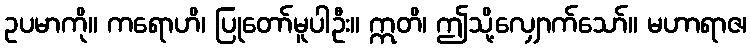
ဥပမာကို။ ကရောဟိ၊ ပြုတော်မူပါဦး။ ဣတိ၊ ဤသို့လျှောက်သော်။ မဟာရာဇ၊